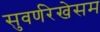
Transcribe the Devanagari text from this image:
सुवर्णरेखेसम